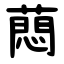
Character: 蕄